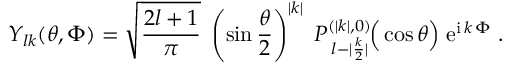
Y _ { l k } ( \theta , \Phi ) = \sqrt { \frac { 2 l + 1 } { \pi } } \; \left( \sin \frac { \theta } { 2 } \right) ^ { | k | } \; P _ { \: l - | \frac { k } { 2 } | } ^ { ( | k | , 0 ) } \! \Big ( \cos \theta \Big ) \; \mathrm { e } ^ { \mathrm { i } \, k \, \Phi } \; .